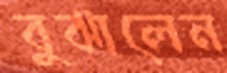
বুঝালেন